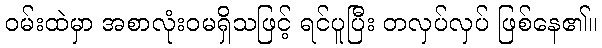
ဝမ်းထဲမှာ အစာလုံးဝမရှိသဖြင့် ရင်ပူပြီး တလှပ်လှပ် ဖြစ်နေ၏။